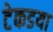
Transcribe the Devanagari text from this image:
टेकडया